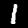
Digit: 1